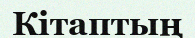
Кітаптың